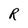
Character: R